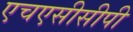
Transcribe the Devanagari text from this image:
एचएसीसीपी